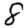
Digit: 8